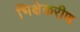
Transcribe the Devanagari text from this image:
भिक्षेकरीण